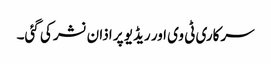
سرکاری ٹی وی اور ریڈیو پر اذان نشر کی گئی۔